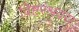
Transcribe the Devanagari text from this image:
विष्टरश्रवस्